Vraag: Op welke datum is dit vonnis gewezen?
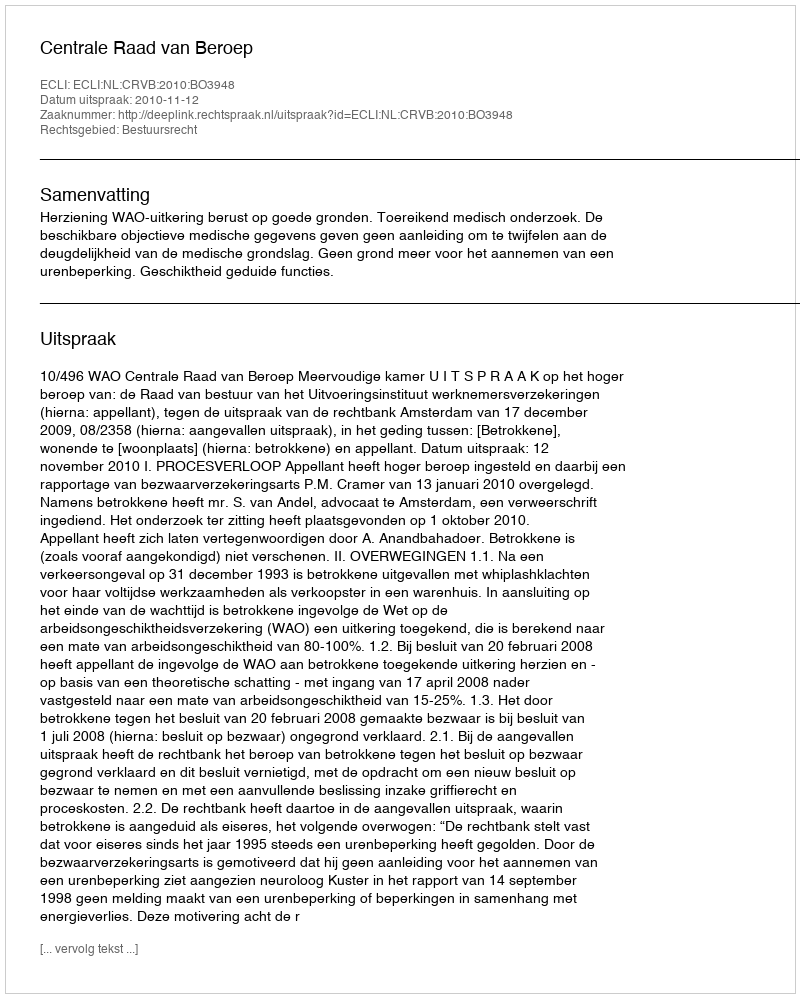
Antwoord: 2010-11-12